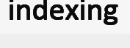
indexing